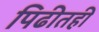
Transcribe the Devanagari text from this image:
पिढीतही